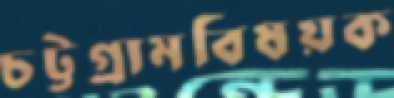
চট্টগ্রামবিষয়ক